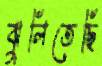
ঝুলিতেছি